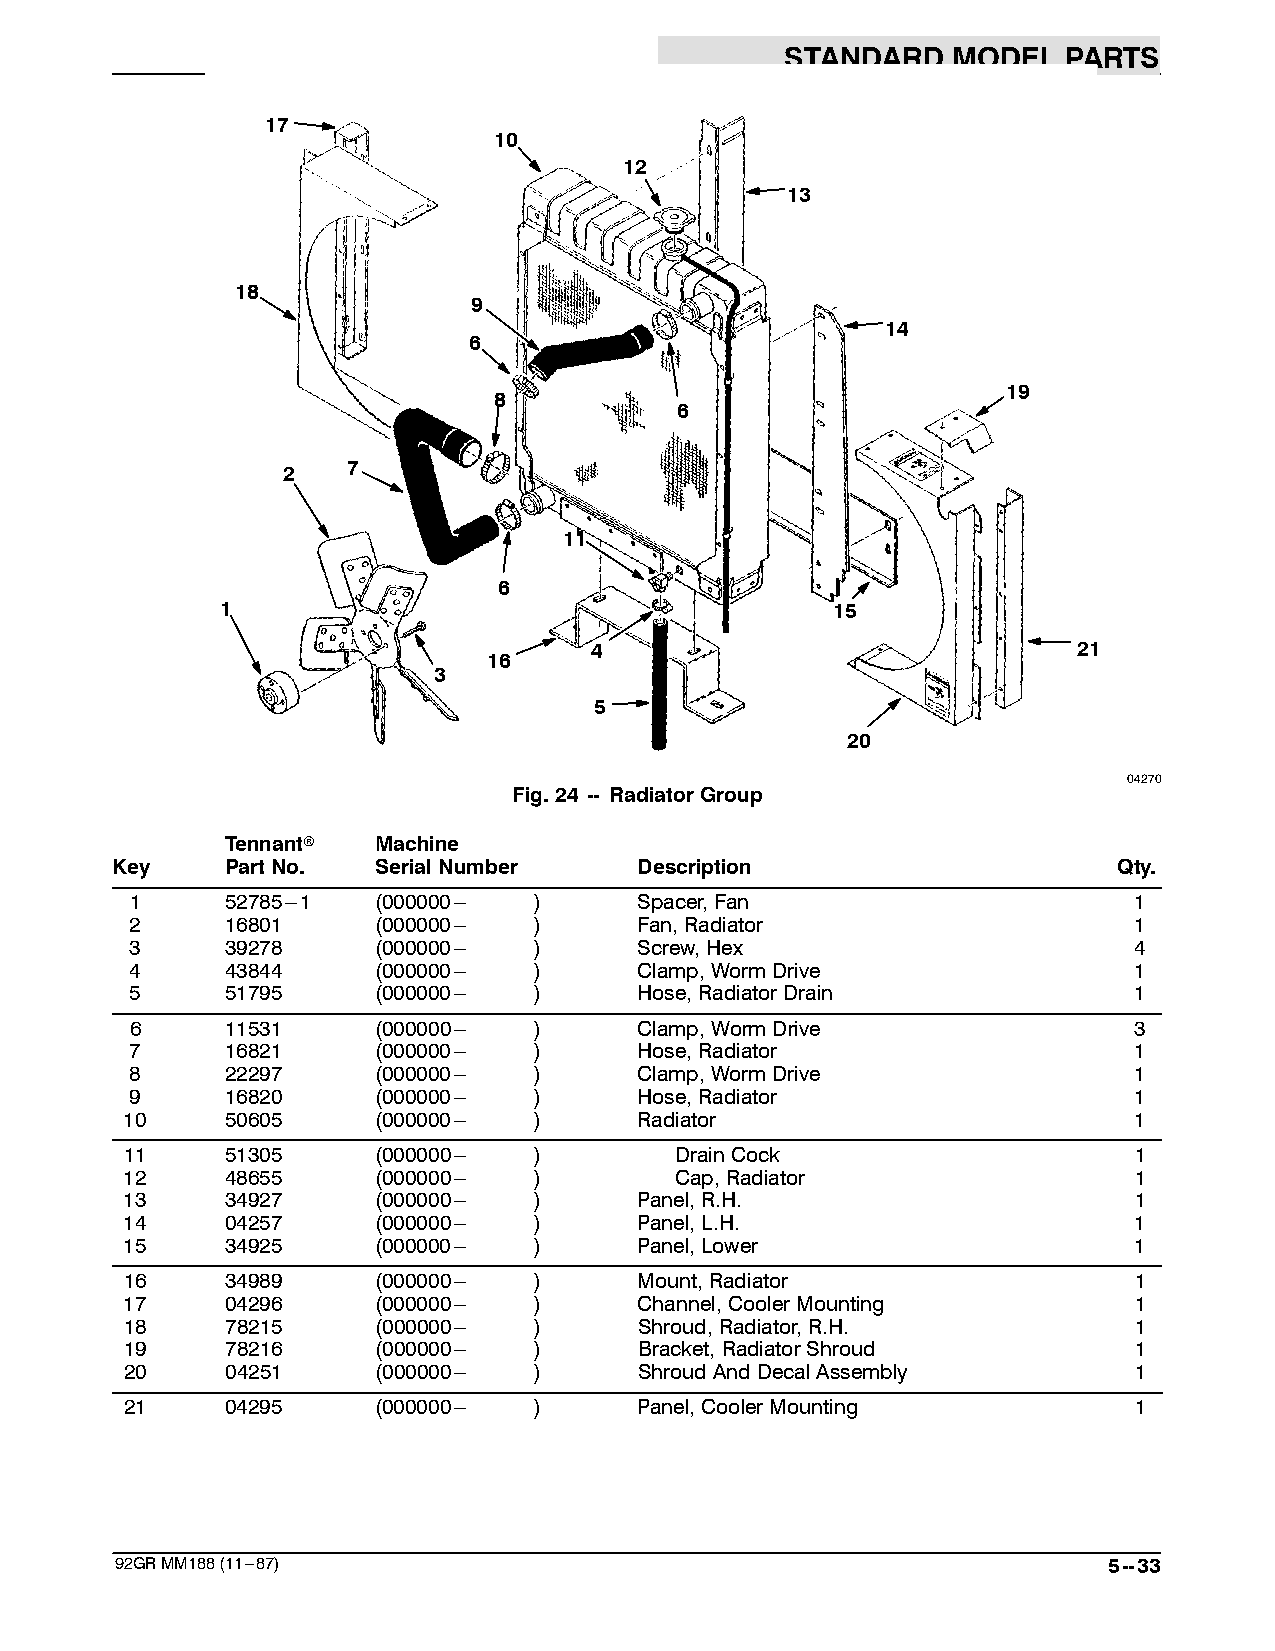
STANDARD   MODEL   PARTS
 17
 10
 12
 13
 18
 9
 14
 6
 19
 8
 6
 2   7
 11
 6
 1                                       15
 4                               21
 16
 3
 5
 20
 04270
 Fig.24 -- RadiatorGroup
 Tennantr  Machine
 Key     PartNo.   SerialNumber     Description                     Qty.
 1     52785---1 (000000--- )     Spacer,Fan                       1
 2     16801     (000000--- )     Fan,Radiator                     1
 3     39278     (000000--- )     Screw,Hex                        4
 4     43844     (000000--- )     Clamp,WormDrive                  1
 5     51795     (000000--- )     Hose,RadiatorDrain               1
 6     11531     (000000--- )     Clamp,WormDrive                  3
 7     16821     (000000--- )     Hose,Radiator                    1
 8     22297     (000000--- )     Clamp,WormDrive                  1
 9     16820     (000000--- )     Hose,Radiator                    1
 10     50605     (000000--- )     Radiator                         1
 11     51305     (000000--- )        DrainCock                     1
 12     48655     (000000--- )        Cap,Radiator                  1
 13     34927     (000000--- )     Panel,R.H.                       1
 14     04257     (000000--- )     Panel,L.H.                       1
 15     34925     (000000--- )     Panel,Lower                      1
 16     34989     (000000--- )     Mount,Radiator                   1
 17     04296     (000000--- )     Channel,CoolerMounting           1
 18     78215     (000000--- )     Shroud,Radiator,R.H.             1
 19     78216     (000000--- )     Bracket,RadiatorShroud           1
 20     04251     (000000--- )     ShroudAndDecalAssembly           1
 21     04295     (000000--- )     Panel,CoolerMounting             1
 92GRMM188(11---87)                                               5--33